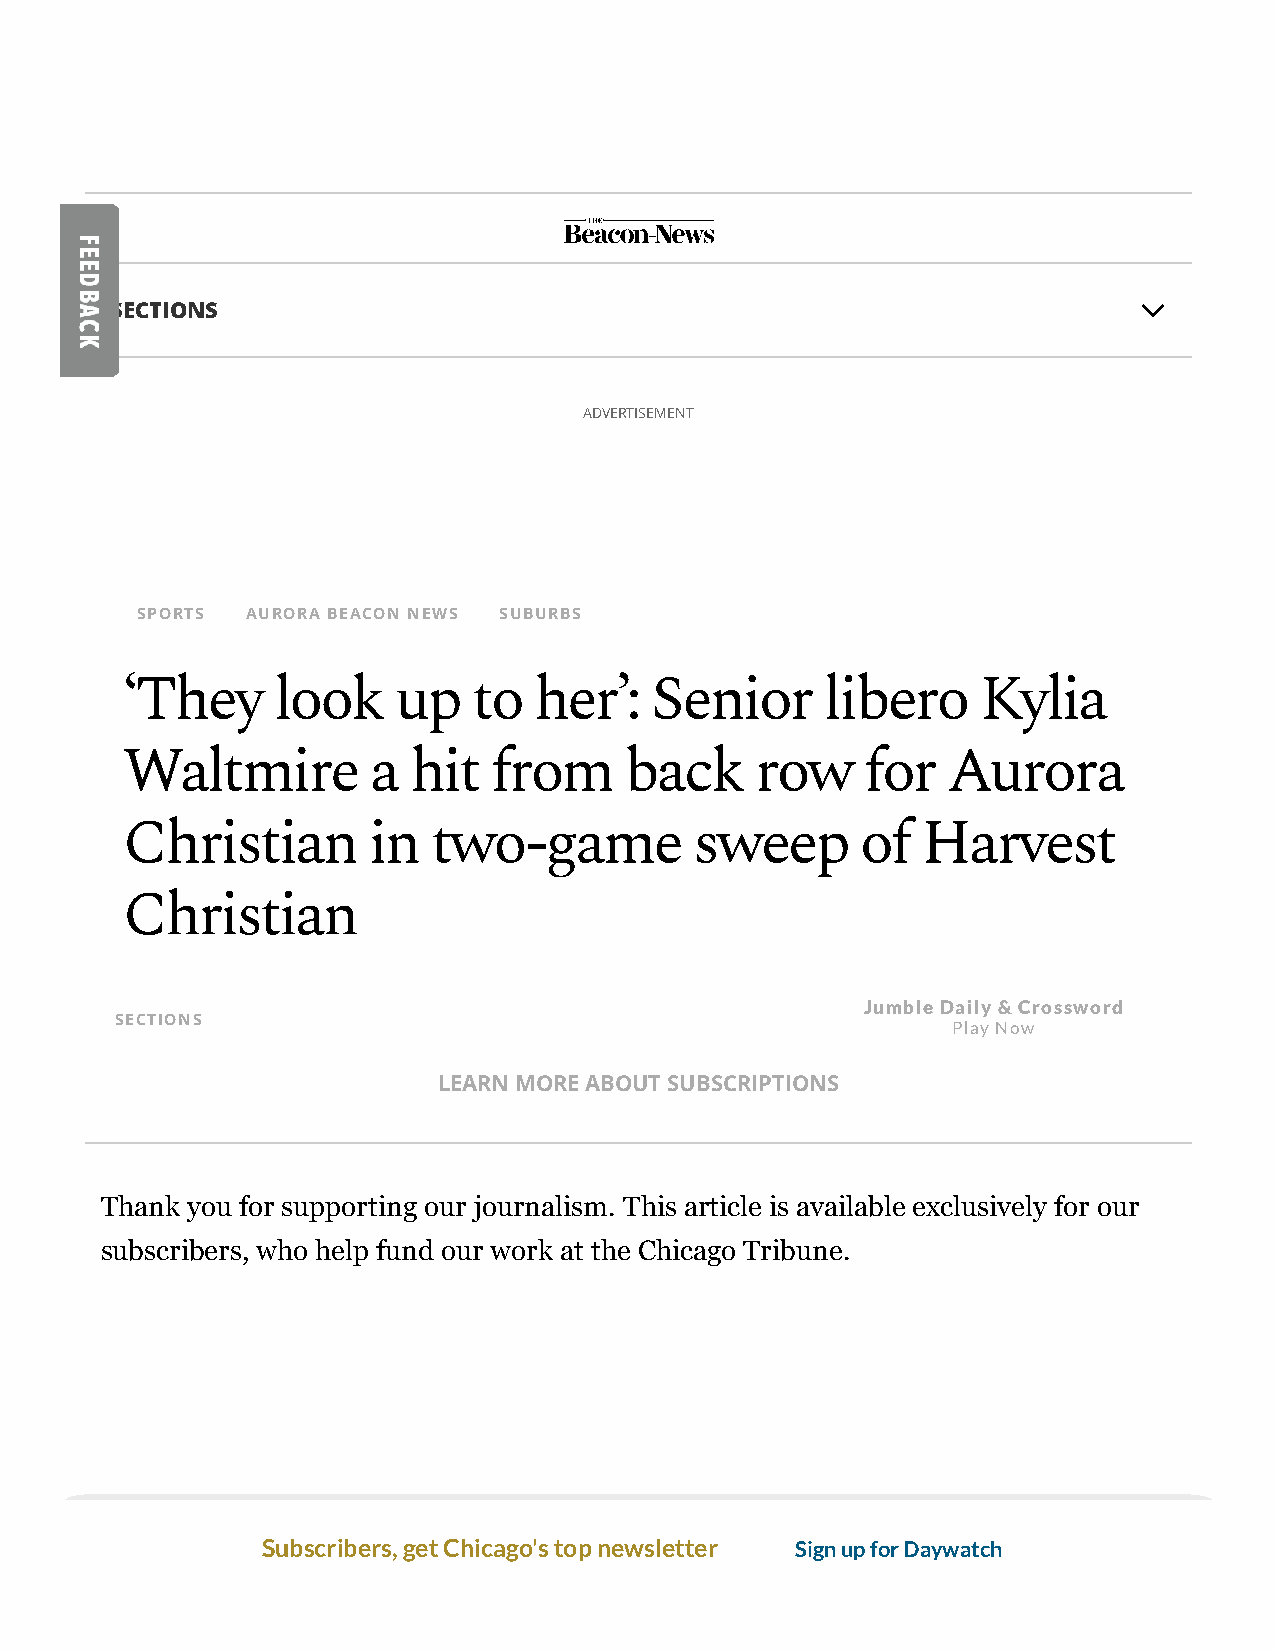
SECTIONS
 ADVERTISEMENT
 SPORTS AURORA BEACON NEWS SUBURBS
 ‘They     look    up   to  her’:   Senior      libero    Kylia
 Waltmire        a  hit  from     back     row    for   Aurora
 Christian       in   two-game         sweep      of  Harvest
 Christian
 Jumble Daily & Crossword
 SECTIONS                   By PAUL JOHNSON             Play Now
 AURORA BEACON-NEWS | SEP 01, 2021
 LEARN MORE ABOUT SUBSCRIPTIONS
 Thank you for supporting our journalism. This article is available exclusively for our
 subscribers, who help fund our work at the Chicago Tribune.
 Subscribers, get Chicago's top newsletter Sign up for Daywatch